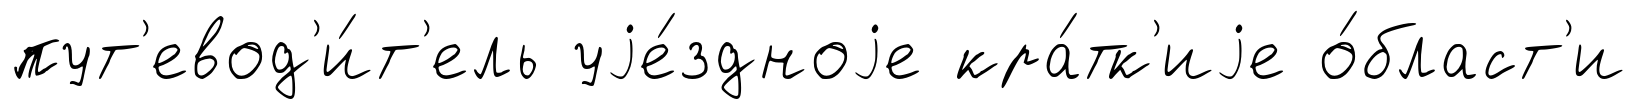
пут'евод'и́т'ель уjе́здноjе кра́тк'иjе о́бласт'и